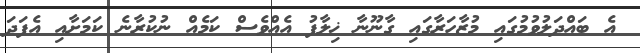
އެ ބައްދަލުވުމުގައި މުޒާހަރާގައި ގާނޫނާ ޚިލާފު އެއްވެސް ކަމެއް ނުކުރާނެ ކަމަށާއި އެފަދަ